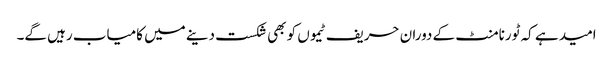
امید ہے کہ ٹورنامنٹ کے دوران حریف ٹیموں کو بھی شکست دینے میں کامیاب رہیں گے۔